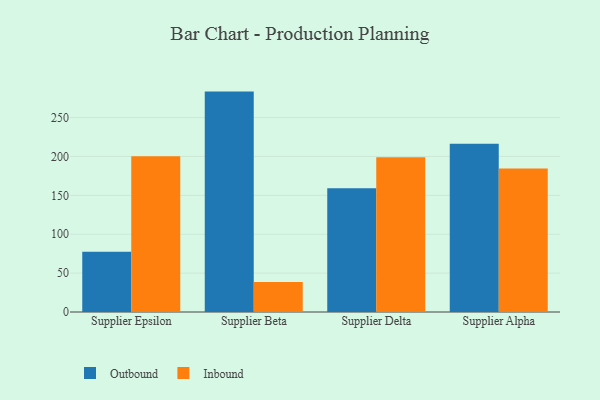
{"axis": {"x": "Supplier", "y": "Page Views"}, "legend": ["Inbound", "Outbound"], "data": [{"x": "Supplier Epsilon", "y": 77.5, "type": "Outbound"}, {"x": "Supplier Epsilon", "y": 200.3, "type": "Inbound"}, {"x": "Supplier Beta", "y": 283.4, "type": "Outbound"}, {"x": "Supplier Beta", "y": 38.5, "type": "Inbound"}, {"x": "Supplier Delta", "y": 159.0, "type": "Outbound"}, {"x": "Supplier Delta", "y": 199.0, "type": "Inbound"}, {"x": "Supplier Alpha", "y": 216.2, "type": "Outbound"}, {"x": "Supplier Alpha", "y": 184.6, "type": "Inbound"}]}